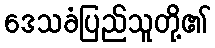
ဒေသခံပြည်သူတို့၏